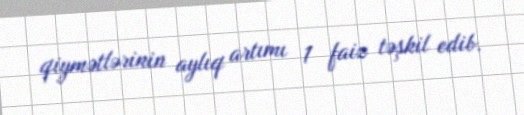
qiymətlərinin aylıq artımı 1 faiz təşkil edib.